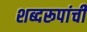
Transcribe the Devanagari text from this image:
शब्दरूपांची